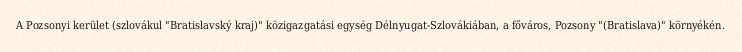
A Pozsonyi kerület (szlovákul "Bratislavský kraj)" közigazgatási egység Délnyugat-Szlovákiában, a főváros, Pozsony "(Bratislava)" környékén.